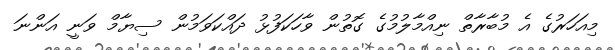
މިއަހަރުގެ އެ މުބާރާތް ނިއްމާލުމުގެ ގޮތުން ވާހަކަފުޅު ދައްކަވަމުން ސިޔާމް ވަނީ އަންނަ